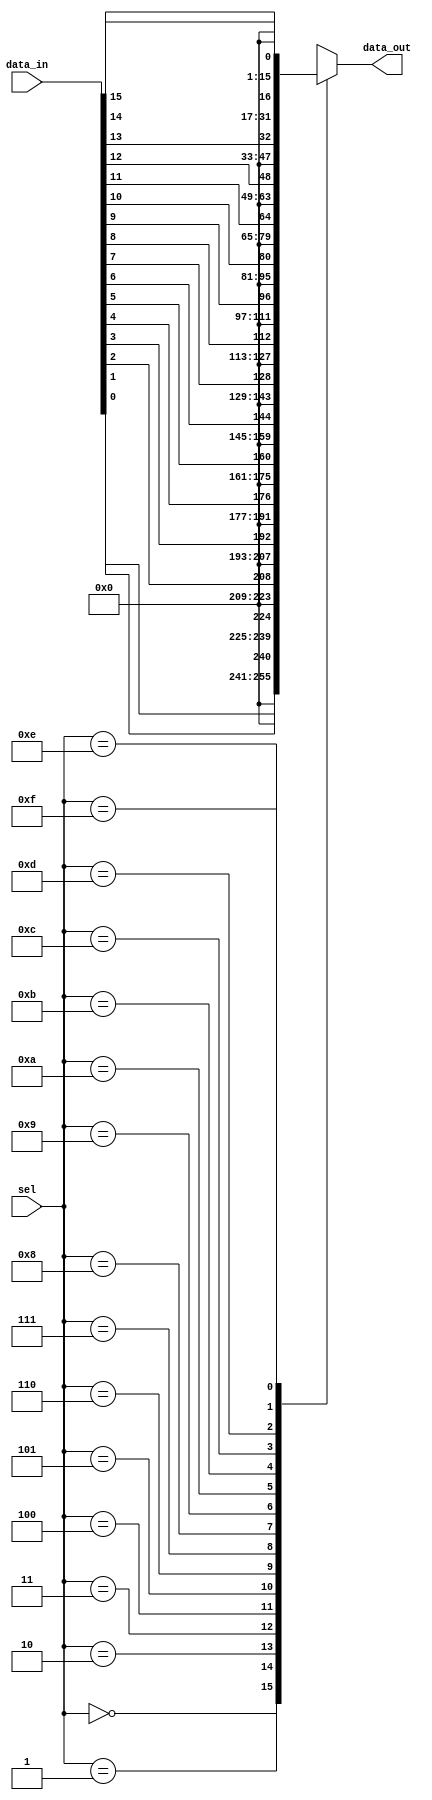
module demux_4to16(
    input [3:0] sel,
    input [15:0] data_in,
    output reg [15:0] data_out
);

reg [3:0] sel_not;

assign sel_not = ~sel;

always @(*)
begin
    case(sel)
        4'b0000: data_out = data_in[0];
        4'b0001: data_out = data_in[1];
        4'b0010: data_out = data_in[2];
        4'b0011: data_out = data_in[3];
        4'b0100: data_out = data_in[4];
        4'b0101: data_out = data_in[5];
        4'b0110: data_out = data_in[6];
        4'b0111: data_out = data_in[7];
        4'b1000: data_out = data_in[8];
        4'b1001: data_out = data_in[9];
        4'b1010: data_out = data_in[10];
        4'b1011: data_out = data_in[11];
        4'b1100: data_out = data_in[12];
        4'b1101: data_out = data_in[13];
        4'b1110: data_out = data_in[14];
        4'b1111: data_out = data_in[15];
        default: data_out = 16'b0;
    endcase
end

endmodule